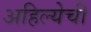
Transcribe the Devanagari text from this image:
अहिल्येची